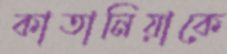
কাতানিয়াকে